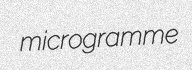
microgramme